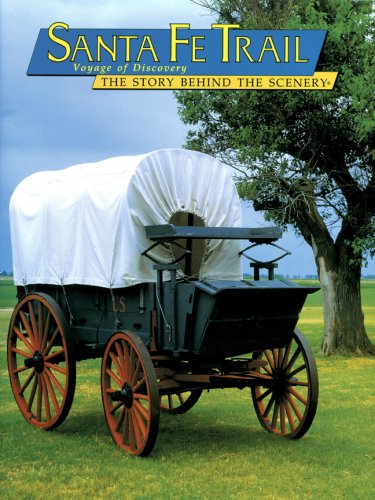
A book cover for Santa Fe Trail: Voyage of Discovery:The Story Behind the Scenery (English Edition); Dan Murphy; Travel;